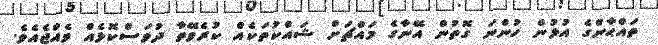
ތައްޙާންގެ އުޅުން ހުންނަ ގޮތުން އޭނާގެ މައްޗަށް ޝައްކުތަކެއް ކުރެވޭތާ ދުވަސްކޮޅެއް ވެއްޖެއެވެ.